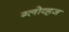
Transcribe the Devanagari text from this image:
ग्लोव्हज